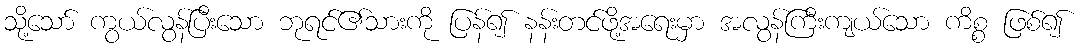
သို့သော် ကွယ်လွန်ပြီးသော ဘုရင်၏သားကို ပြန်၍ နန်းတင်ဖို့အရေးမှာ အလွန်ကြီးကျယ်သော ကိစ္စ ဖြစ်၍